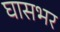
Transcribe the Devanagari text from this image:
घासभर